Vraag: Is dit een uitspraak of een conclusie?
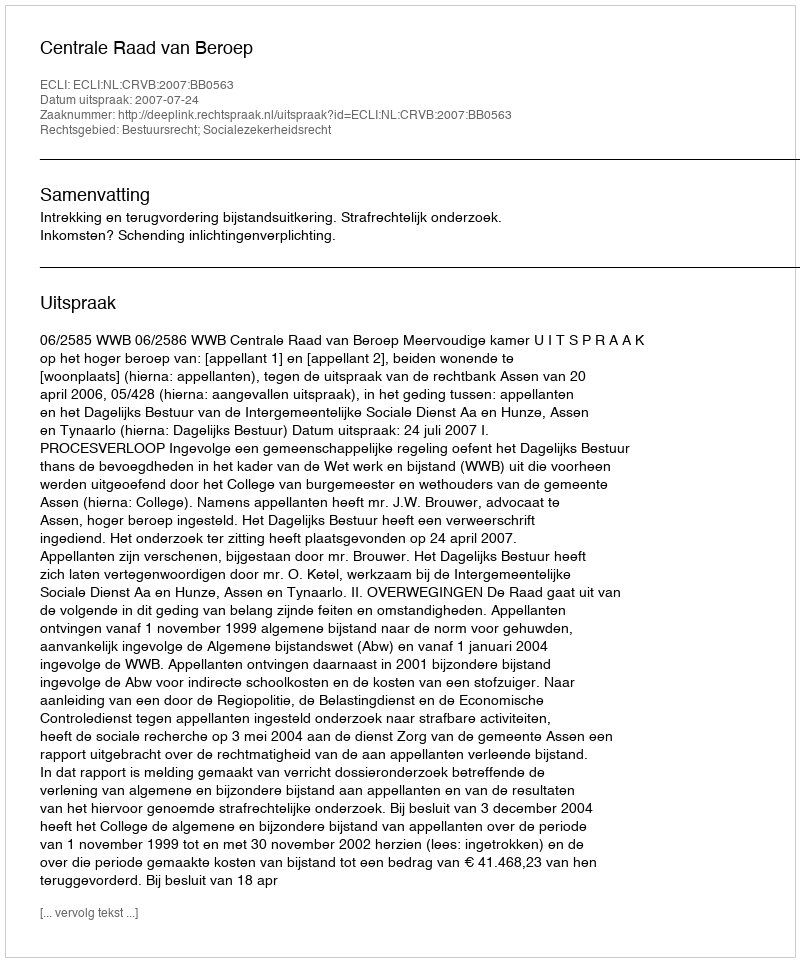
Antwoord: Uitspraak